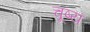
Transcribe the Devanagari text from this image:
चूष्य